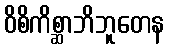
ဝိစိကိစ္ဆာဘိဘူတေန